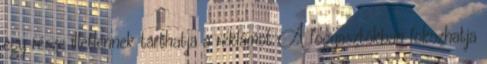
egy része illetlennek tarthatja a reklámot A fogyasztókban fokozhatja